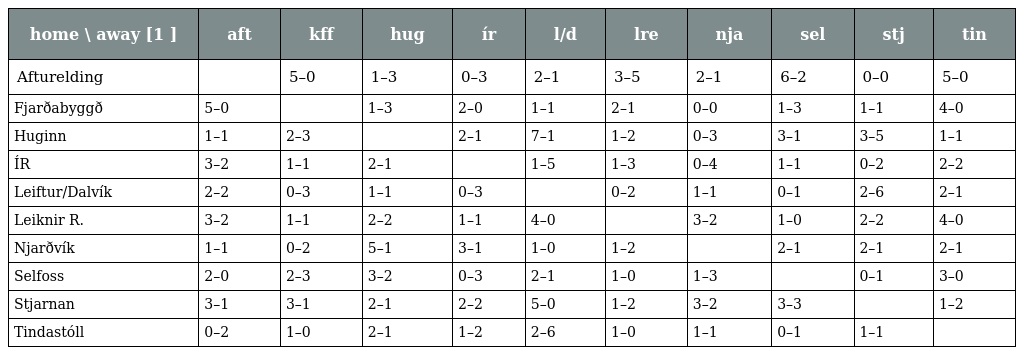
| home \ away [1 ] | aft | kff | hug | ír | l/d | lre | nja | sel | stj | tin |
 | --- | --- | --- | --- | --- | --- | --- | --- | --- | --- | --- |
 | Afturelding |  | 5–0 | 1–3 | 0–3 | 2–1 | 3–5 | 2–1 | 6–2 | 0–0 | 5–0 |
 | Fjarðabyggð | 5–0 |  | 1–3 | 2–0 | 1–1 | 2–1 | 0–0 | 1–3 | 1–1 | 4–0 |
 | Huginn | 1–1 | 2–3 |  | 2–1 | 7–1 | 1–2 | 0–3 | 3–1 | 3–5 | 1–1 |
 | ÍR | 3–2 | 1–1 | 2–1 |  | 1–5 | 1–3 | 0–4 | 1–1 | 0–2 | 2–2 |
 | Leiftur/Dalvík | 2–2 | 0–3 | 1–1 | 0–3 |  | 0–2 | 1–1 | 0–1 | 2–6 | 2–1 |
 | Leiknir R. | 3–2 | 1–1 | 2–2 | 1–1 | 4–0 |  | 3–2 | 1–0 | 2–2 | 4–0 |
 | Njarðvík | 1–1 | 0–2 | 5–1 | 3–1 | 1–0 | 1–2 |  | 2–1 | 2–1 | 2–1 |
 | Selfoss | 2–0 | 2–3 | 3–2 | 0–3 | 2–1 | 1–0 | 1–3 |  | 0–1 | 3–0 |
 | Stjarnan | 3–1 | 3–1 | 2–1 | 2–2 | 5–0 | 1–2 | 3–2 | 3–3 |  | 1–2 |
 | Tindastóll | 0–2 | 1–0 | 2–1 | 1–2 | 2–6 | 1–0 | 1–1 | 0–1 | 1–1 |  |